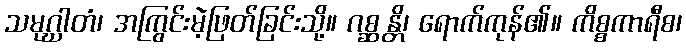
သမုဂ္ဃာတံ၊ အကြွင်းမဲ့ဖြတ်ခြင်းသို့။ ဂစ္ဆန္တိ၊ ရောက်ကုန်၏။ ကိစ္စကာရီစ၊